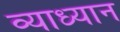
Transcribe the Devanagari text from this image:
व्याध्यान